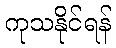
ကုသနိုင်ရန်